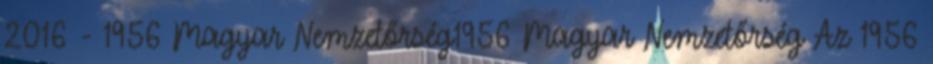
2016 - 1956 Magyar Nemzetőrség1956 Magyar Nemzetőrség Az 1956